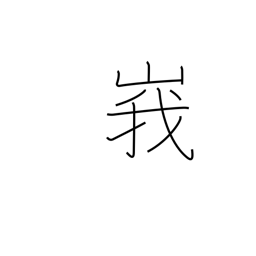
Meaning: lofty